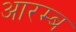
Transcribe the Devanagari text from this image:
आरम्ब